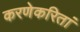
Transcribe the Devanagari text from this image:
करणेकरितां